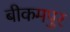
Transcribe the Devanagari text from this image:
बीकमपुर